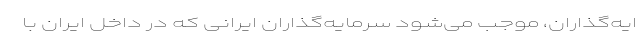
ایه‌گذاران، موجب می‌شود سرمایه‌گذاران ایرانی که در داخل ایران با